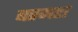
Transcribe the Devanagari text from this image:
बरमहा